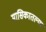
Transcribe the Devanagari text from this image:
मासिकातल्या